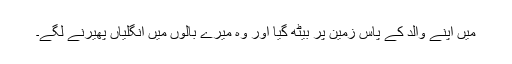
میں اپنے والد کے پاس زمین پر بیٹھ گیا اور وہ میرے بالوں میں انگلیاں پھیرنے لگے۔